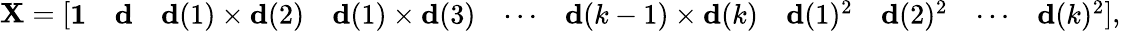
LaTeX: \mathbf{X}={\left[\begin{array}{llllllllll}{\mathbf{1}}&{\mathbf{d}}&{\mathbf{d}(1)\times\mathbf{d}(2)}&{\mathbf{d}(1)\times\mathbf{d}(3)}&{\cdots}&{\mathbf{d}(k-1)\times\mathbf{d}(k)}&{\mathbf{d}(1)^{2}}&{\mathbf{d}(2)^{2}}&{\cdots}&{\mathbf{d}(k)^{2}}\end{array}\right]},